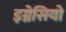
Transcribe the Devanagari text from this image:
इग्नेसियो